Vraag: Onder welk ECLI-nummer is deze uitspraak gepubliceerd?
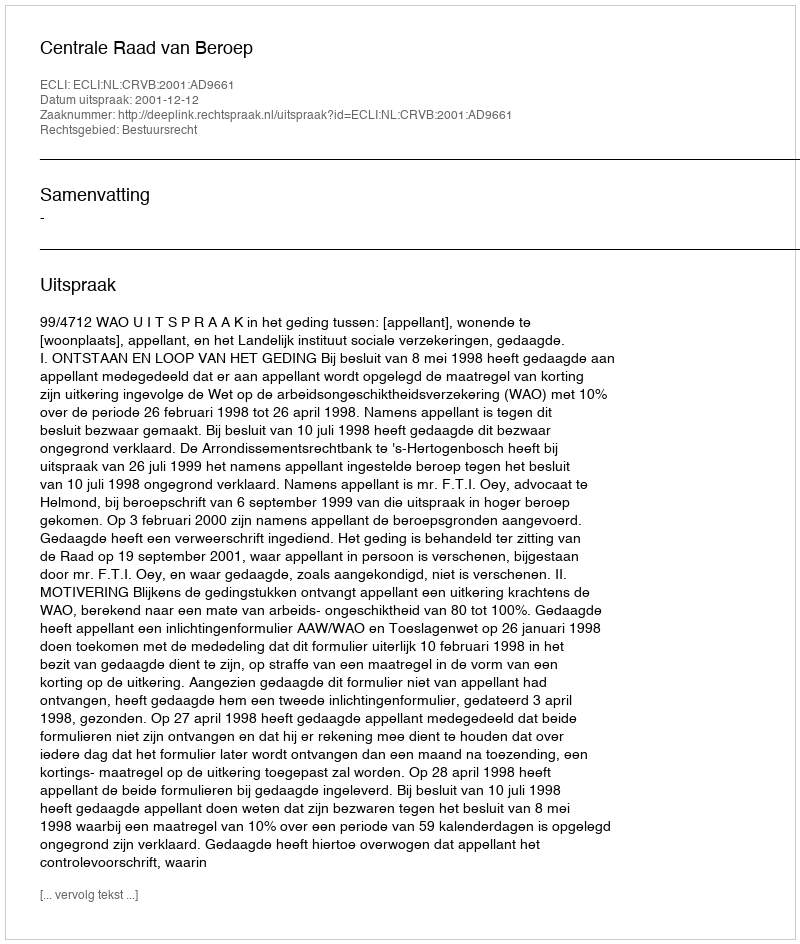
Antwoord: ECLI:NL:CRVB:2001:AD9661